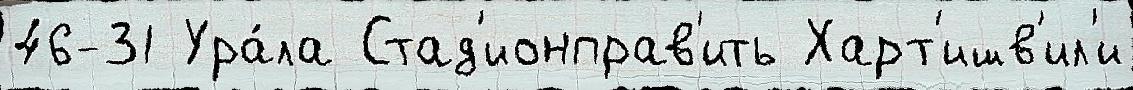
46-31 Ура́ла Стад'ионправ'ить Харт'ишв'ил'и